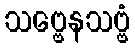
သဗ္ဗေနသဗ္ဗံ